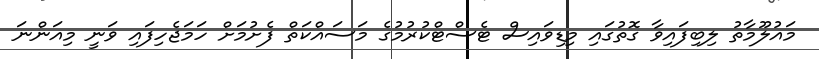
މައުލޫމާތު ލިބިފައިވާ ގޮތުގައި މިޑިވައިސް ޓެސްޓްކުރުމުގެ މަސައްކަތް ފެށުމަށް ހަމަޖެހިފައި ވަނީ މިއަންނަ